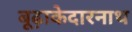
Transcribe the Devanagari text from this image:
बूढ़ाकेदारनाथ